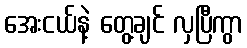
အေးငယ်နဲ့ တွေ့ချင် လှပြီကွာ